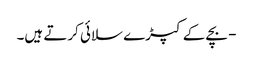
- بچے کے کپڑے سلائی کرتے ہیں۔